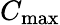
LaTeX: C_{\mathrm{max}}